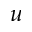
u